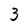
Character: 3